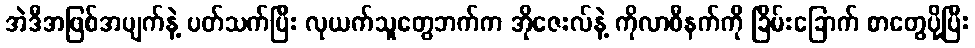
အဲဒီအဖြစ်အပျက်နဲ့ ပတ်သက်ပြီး လုယက်သူတွေဘက်က အိုဇေးလ်နဲ့ ကိုလာစီနက်ကို ခြိမ်းခြောက် စာတွေပို့ပြီး